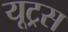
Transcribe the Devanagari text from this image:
यूट्रस